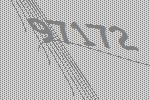
97172